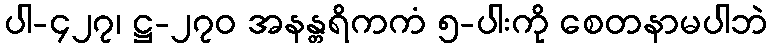
ပါ-၄၂၇၊ ဋ္ဌ-၂၇၀ အနန္တရိကကံ ၅-ပါးကို စေတနာမပါဘဲ